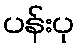
ပန်းပု